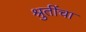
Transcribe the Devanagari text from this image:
श्रुतींचा